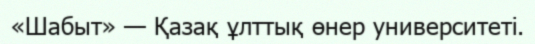
«Шабыт» — Қазақ ұлттық өнер университеті.